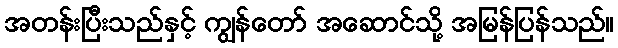
အတန်းပြီးသည်နှင့် ကျွန်တော် အဆောင်သို့ အမြန်ပြန်သည်။